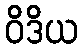
ဝိဒိယ